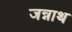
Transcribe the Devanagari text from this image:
जन्नाथ